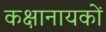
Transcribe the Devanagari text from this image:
कक्षानायकों